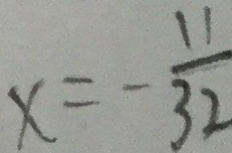
x = - \frac { 1 1 } { 3 2 }